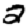
Digit: 2